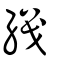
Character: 織